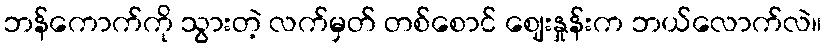
ဘန်ကောက်ကို သွားတဲ့ လက်မှတ် တစ်စောင် ဈေးနှုန်းက ဘယ်လောက်လဲ။